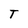
Character: T